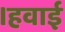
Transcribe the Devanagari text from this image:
।हवाई